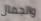
والجمال